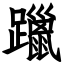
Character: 躐